Reserve and Auxiliary Forces (Consequential Provisions) Order 1939. Military Training (Consequential Provisions) Order 1939, 1939
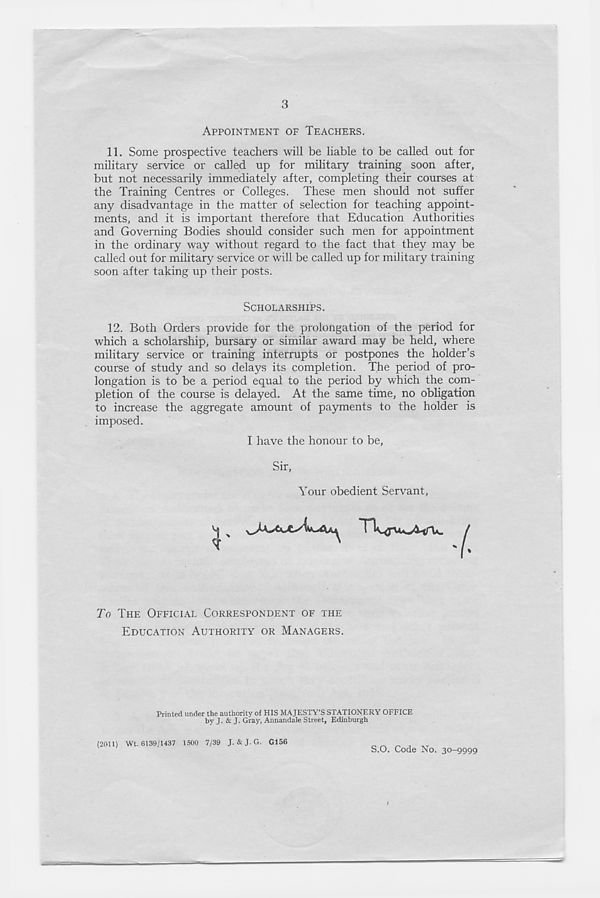
3
APPOINTMENT OF TEACHERS.
11. Some prospective teachers will be liable to be called out for
military service or called up for military training soon after,
but not necessarily immediately after, completing their courses at
the Training Centres or Colleges. These men should not suffer
any disadvantage in the matter of selection for teaching appoint-
ments, and it is important therefore that Education Authorities
and Governing Bodies should consider such men for appointment
in the ordinary way without regard to the fact that they may be
called out for military service or will be called up for military training
soon after taking up their posts.
SCHOLARSHIPS.
12. Both Orders provide for the prolongation of the period for
which a scholarship, bursary or similar award may be held, where
military service or training interrupts or postpones the holder’s
course of study and so delays its completion. The period of pro-
longation is to be a period equal to the period by which the com-
pletion of the course is delayed. At the same time, no obligation
to increase the aggregate amount of payments to the holder is
imposed.
I have the honour to be,
Sir,
Your obedient Servant,
-(■
To THE OFFICIAL CORRESPONDENT OF THE
EDUCATION AUTHORITY OR MANAGERS.
Printed under the authority of HIS MAJESTY’S STATIONERY OFFICE
by J. & J. Gray, Annandale Street, Edinburgh
(2011) Wt. 6139/1437 1500 7/39 J. & J. G. G156
S.O. Code No. 30-9999
<